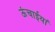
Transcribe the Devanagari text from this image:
ऊंचाईयां